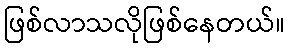
ဖြစ်လာသလိုဖြစ်နေတယ်။